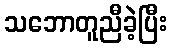
သဘောတူညီခဲ့ပြီး